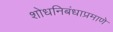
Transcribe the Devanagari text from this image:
शोधनिबंधाप्रमाणे